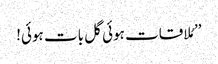
’’مُلاقات ہوئی گل بات ہوئی!